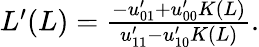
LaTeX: \begin{array}{r}{L^{\prime}(L)=\frac{-u_{01}^{\prime}+u_{00}^{\prime}K(L)}{u_{11}^{\prime}-u_{10}^{\prime}K(L)}.}\end{array}